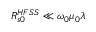
R _ { s 0 } ^ { H F S S } \ll \omega _ { 0 } \mu _ { 0 } \lambda